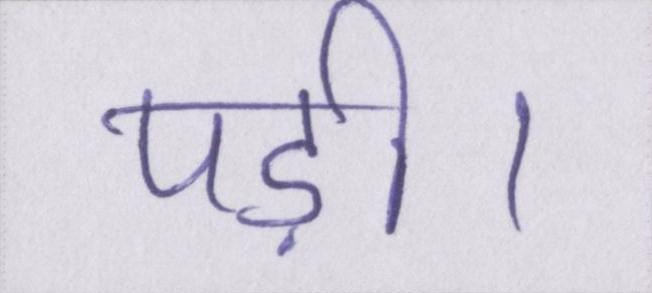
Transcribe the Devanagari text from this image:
पड़ी।